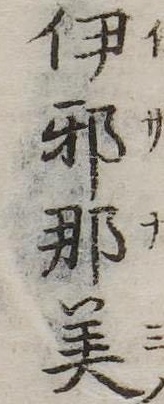
伊邪那美